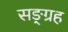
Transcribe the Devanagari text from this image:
सङ्ग्रह